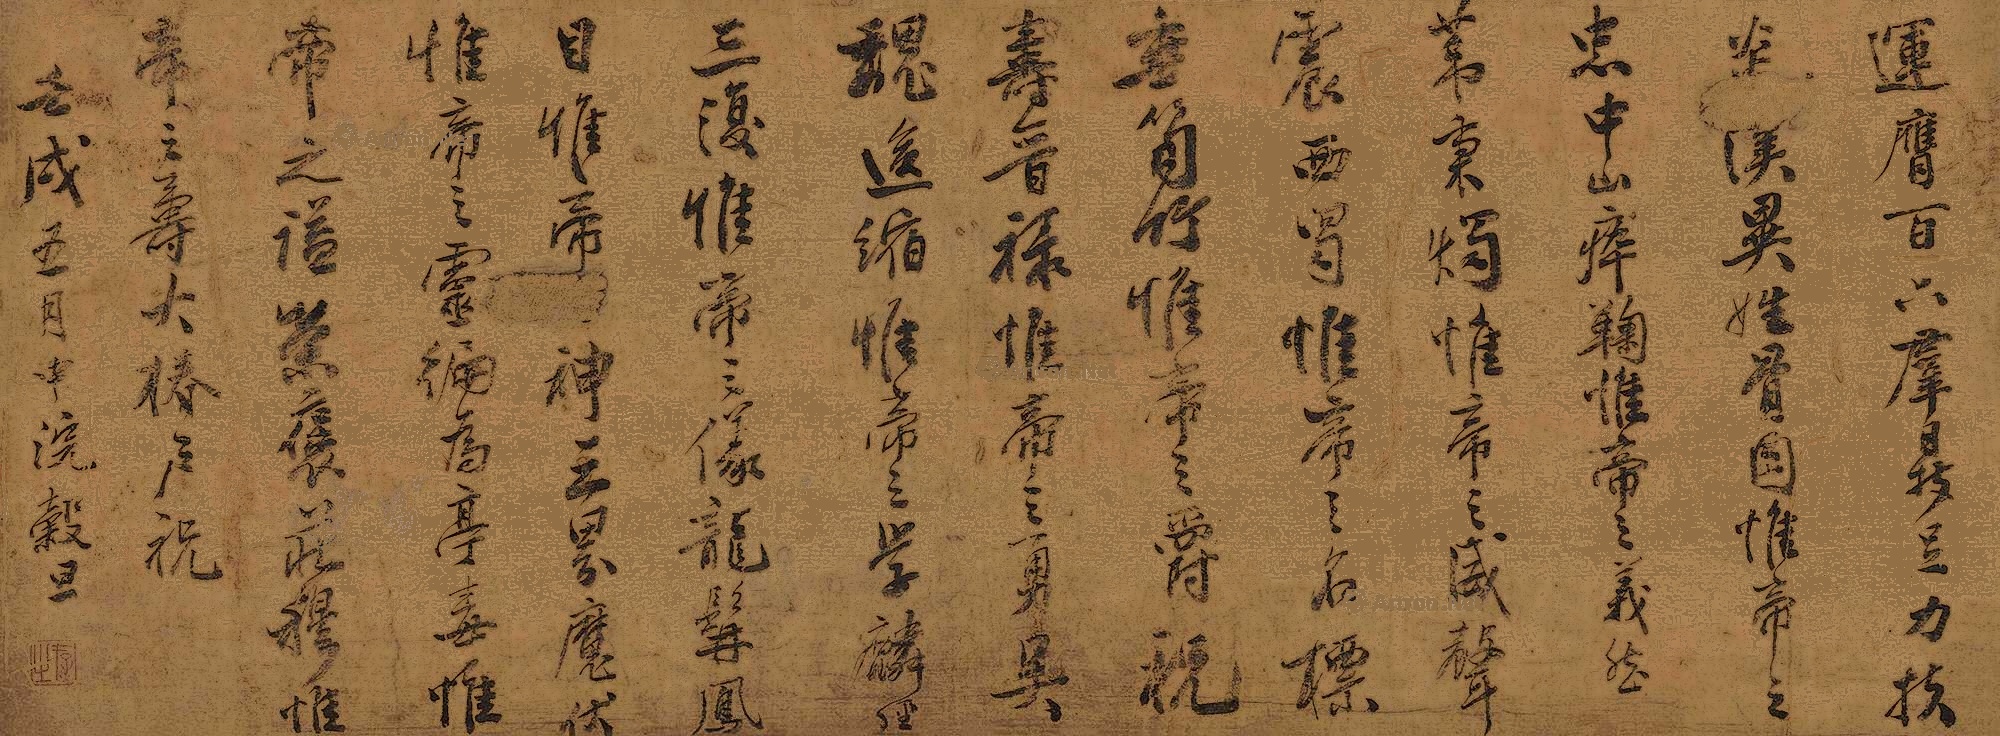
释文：运膺百六，群鼎足力，扶炎汉异性骨肉。惟帝之忠，中山瘁鞠；惟帝之义，然苇秉烛；惟帝之威，声震西蜀；惟帝之名，标垂笋竹；惟帝之爵，祝寿晋禄；惟帝之勇，吴魏后缩；惟帝之学，麟经三复；惟帝之仪，龙髯凤目；惟帝之神，三界魔伏；惟帝之灵，徧为亭毒；惟帝之谥，荣褒庄穆；惟帝之寿，大椿户祝。壬戌五月中浣谷旦。